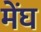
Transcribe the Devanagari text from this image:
मेंघ